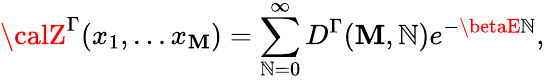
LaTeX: {\calZ}^{\Gamma}(x_{1},...x_{\mathbf{M}})=\sum_{\mathbb{N}=0}^{\infty}D^{\Gamma}(\mathbf{M},\mathbb{N})e^{-\betaE\mathbb{N}},